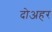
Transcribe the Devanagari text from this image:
दोअहर